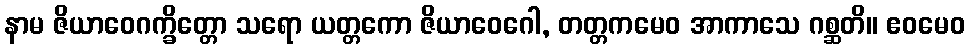
နာမ ဇိယာဝေဂက္ခိတ္တော သရော ယတ္တကော ဇိယာဝေဂေါ, တတ္တကမေဝ အာကာသေ ဂစ္ဆတိ။ ဧဝမေဝ